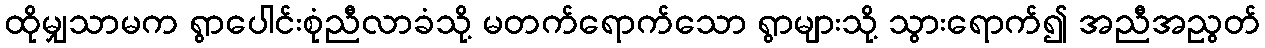
ထိုမျှသာမက ရွာပေါင်းစုံညီလာခံသို့ မတက်ရောက်သော ရွာများသို့ သွားရောက်၍ အညီအညွတ်